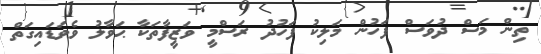
ތިން މަސް ދުވަސް ފަހުން މަލިކު ފަހުދު ރަސްމީ ވަޒީފާތަކާ ޙަވާލު ވެވަޑައިގަތް